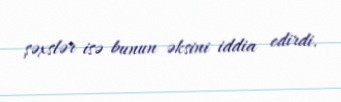
şəxslər isə bunun əksini iddia edirdi.